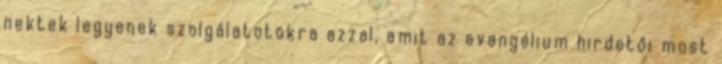
nektek legyenek szolgálatotokra azzal, amit az evangélium hirdetői most